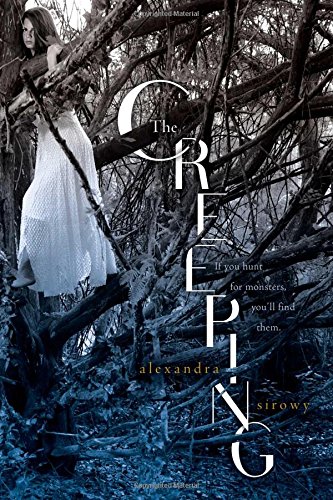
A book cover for The Creeping; Alexandra Sirowy; Teen & Young Adult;